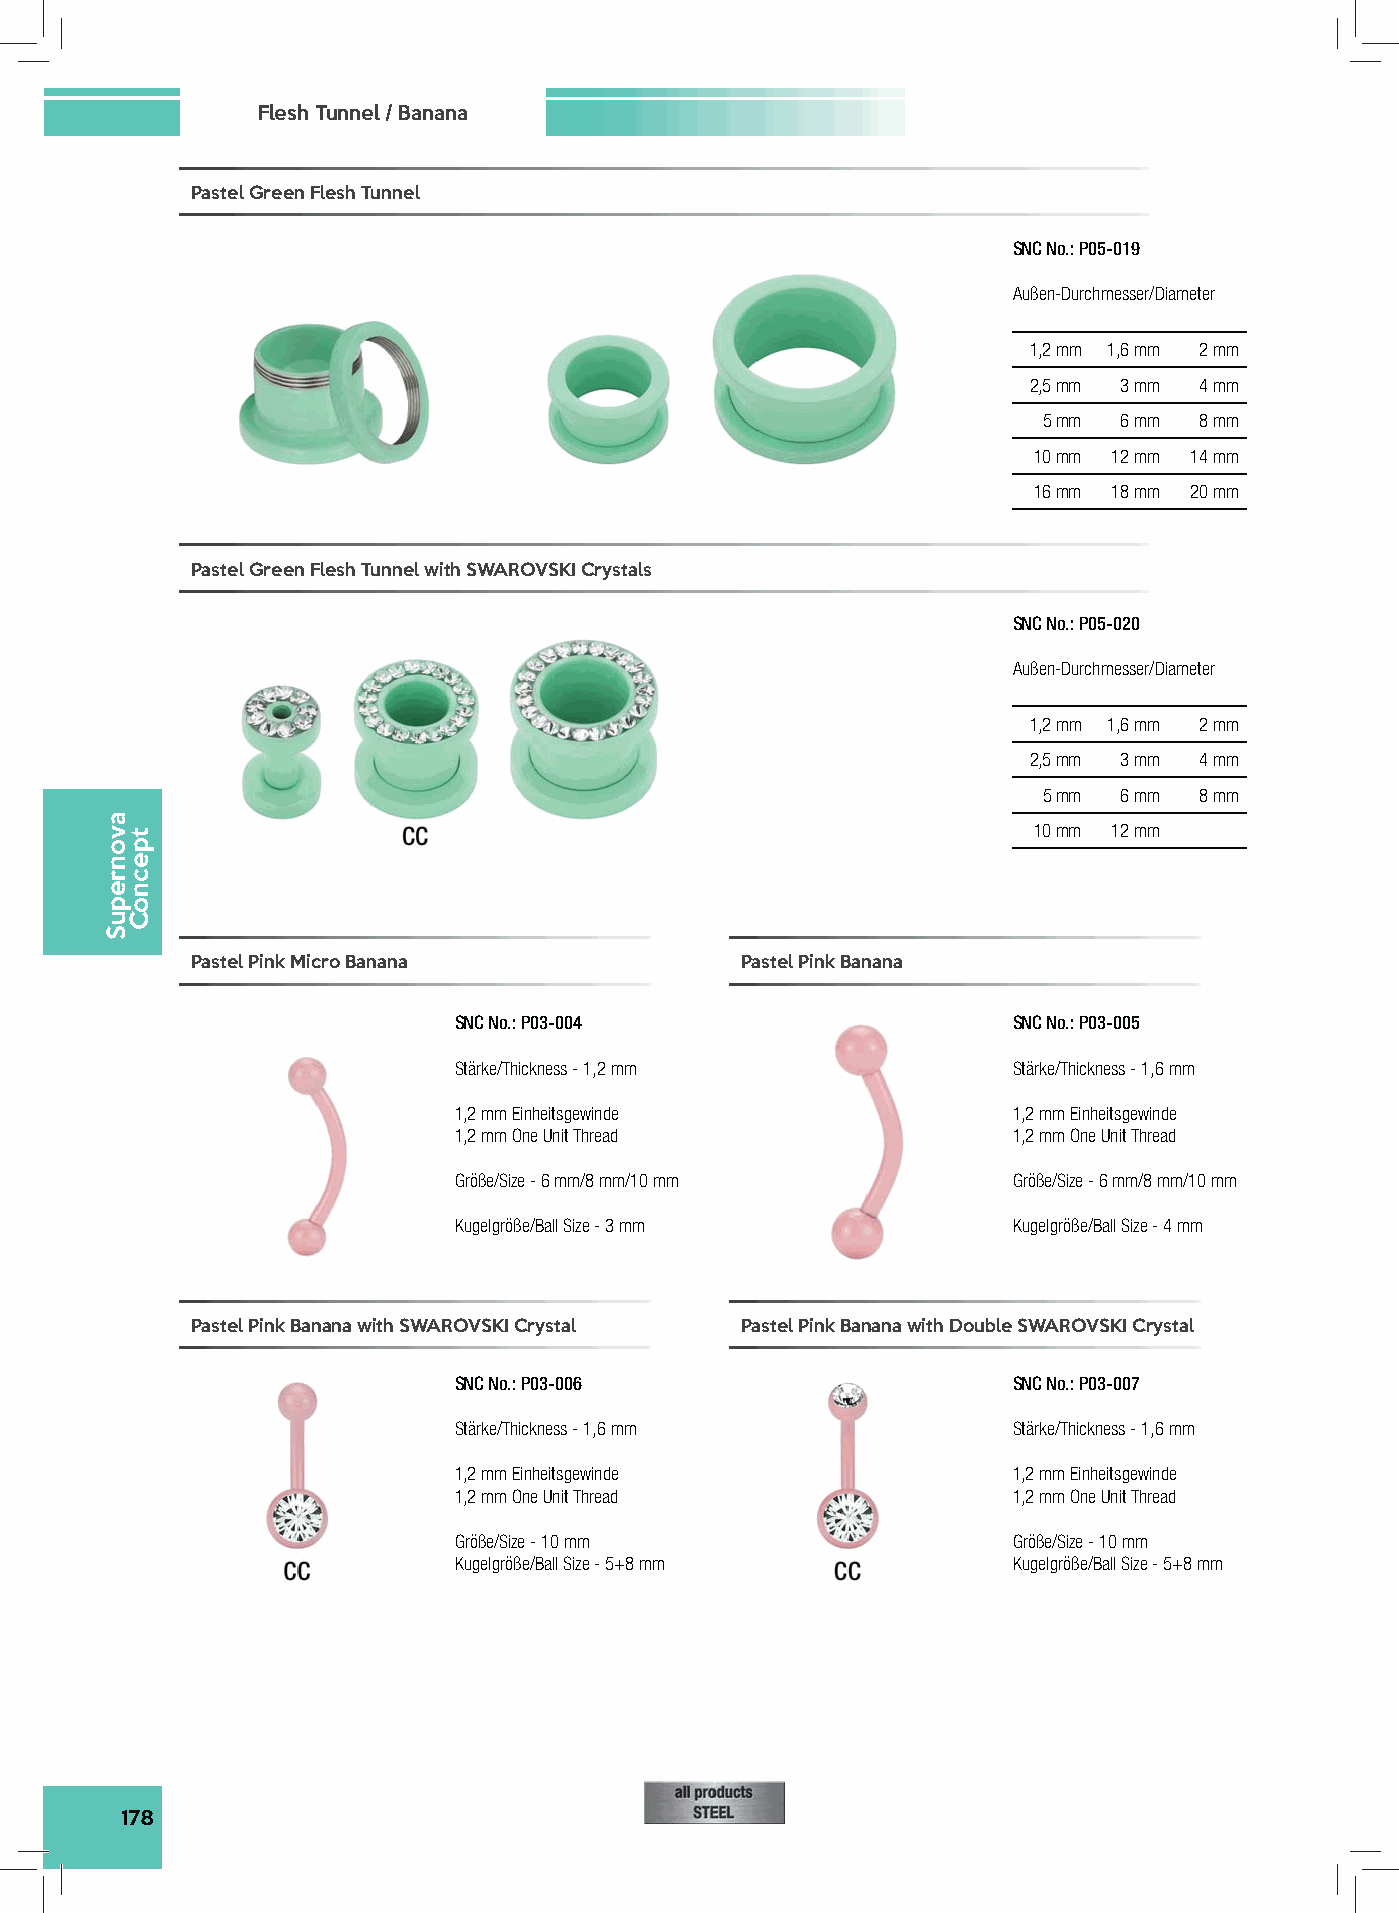
Flesh Tunnel / Banana
 Pastel Green Flesh Tunnel
 SNC No.: P05-019
 Außen-Durchmesser/Diameter
 1,2 mm 1,6 mm 2 mm
 2,5 mm 3 mm 4 mm
 5 mm 6 mm 8 mm
 10 mm 12 mm 14 mm
 16 mm 18 mm 20 mm
 Pastel Green Flesh Tunnel with SWAROVSKI Crystals
 SNC No.: P05-020
 Außen-Durchmesser/Diameter
 1,2 mm 1,6 mm 2 mm
 2,5 mm 3 mm 4 mm
 5 mm 6 mm 8 mm
 10 mm 12 mm
 Pastel Pink Micro Banana            Pastel Pink Banana
 SNC No.: P03-004                     SNC No.: P03-005
 Stärke/Thickness - 1,2 mm            Stärke/Thickness - 1,6 mm
 1,2 mm Einheitsgewinde               1,2 mm Einheitsgewinde
 1,2 mm One Unit Thread               1,2 mm One Unit Thread
 Größe/Size - 6 mm/8 mm/10 mm         Größe/Size - 6 mm/8 mm/10 mm
 Kugelgröße/Ball Size - 3 mm          Kugelgröße/Ball Size - 4 mm
 Pastel Pink Banana with SWAROVSKI Crystal Pastel Pink Banana with Double SWAROVSKI Crystal
 SNC No.: P03-006                     SNC No.: P03-007
 Stärke/Thickness - 1,6 mm            Stärke/Thickness - 1,6 mm
 1,2 mm Einheitsgewinde               1,2 mm Einheitsgewinde
 1,2 mm One Unit Thread               1,2 mm One Unit Thread
 Größe/Size - 10 mm                   Größe/Size - 10 mm
 Kugelgröße/Ball Size - 5+8 mm        Kugelgröße/Ball Size - 5+8 mm
 178
 avonrepuS
 tpecnoC